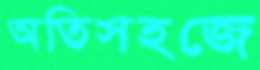
অতিসহজে